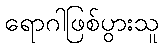
ရောဂါဖြစ်ပွားသူ